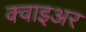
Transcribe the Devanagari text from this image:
क्वाइअर